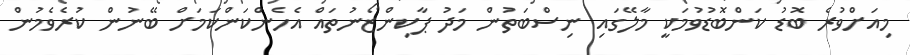
މިއަށްވުރެ ބޮޑު ކަންބޮޑުވުމަކީ މާލޭގައި ނިސްބަތުން މަދު ޕާކިންޒޯނުތައް އެހެންކަންކަމަށް ބޭނުން ކުރެވެމުން